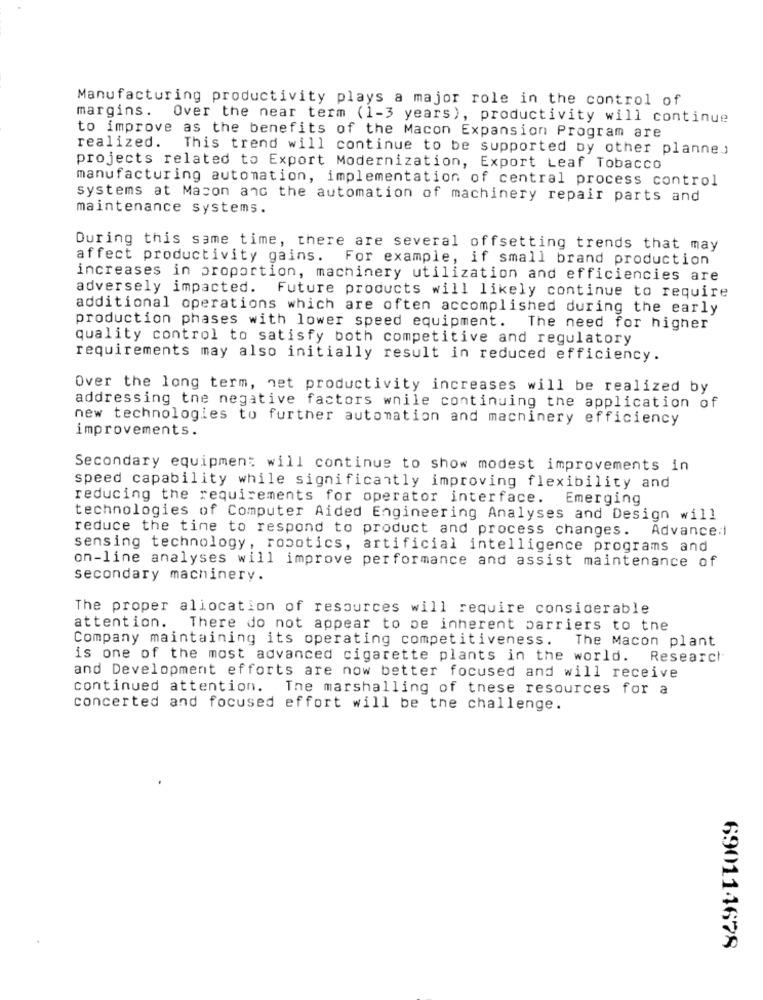
Manufacturing productivity plays a major role in the control of
margins. Over the near term (1-3 years), productivity will continue
to improve as the benefits of the Macon Expansion Program are
realized. This trend will continue to be supported by other planned
projects related to Export Modernization, Export Leaf Tobacco
manufacturing automation, implementation of central process control
systems at Macon and the automation of machinery repair parts and
maintenance systems.
During this same time, there are several offsetting trends that may
affect productivity gains.
For example, if small brand production
increases in proportion, machinery utilization and efficiencies are
adversely impacted. Future products will likely continue to require
additional operations which are often accomplished during the early
production phases with lower speed equipment. The need for higher
quality control to satisfy both competitive and regulatory
requirements may also initially result in reduced efficiency.
Over the long term, net productivity increases will be realized by
addressing tne negative factors wnile continuing the application of
new technologies to further automation and machinery efficiency
improvements.
Secondary equipment will continue to show modest improvements in
speed capability while significantly improving flexibility and
reducing the requirements for operator interface. Emerging
technologies of Computer Aided Engineering Analyses and Design will
reduce the time to respond to product and process changes. Advance:i
sensing technology, robotics, artificial intelligence programs and
on-line analyses will improve performance and assist maintenance of
secondary machinery.
The proper allocation of resources will require considerable
attention. There do not appear to be inherent barriers to tne
Company maintaining its operating competitiveness.
The Macon plant
is one of the most advanced cigarette plants in the world. Research
and Development efforts are now better focused and will receive
continued attention. The marshalling of these resources for a
concerted and focused effort will be the challenge.
690114678